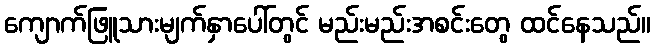
ကျောက်ဖြူသားမျက်နှာပေါ်တွင် မည်းမည်းအစင်းတွေ ထင်နေသည်။